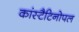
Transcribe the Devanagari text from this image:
कांस्टैटिनोपल